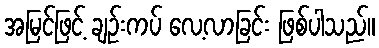
အမြင်ဖြင့် ချဉ်းကပ် လေ့လာခြင်း ဖြစ်ပါသည်။